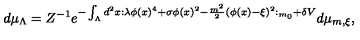
d \mu _ { \Lambda } = Z ^ { - 1 } e ^ { - \int _ { \Lambda } d ^ { 2 } x : \lambda \phi ( x ) ^ { 4 } + \sigma \phi ( x ) ^ { 2 } - \frac { m ^ { 2 } } { 2 } ( \phi ( x ) - \xi ) ^ { 2 } : _ { m _ { 0 } } + \delta V } d \mu _ { m , \xi } ,